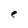
Character: e